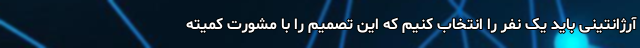
آرژانتینی باید یک نفر را انتخاب کنیم که این تصمیم را با مشورت کمیته